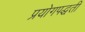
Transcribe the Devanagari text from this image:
प्रयोगपद्धती